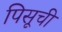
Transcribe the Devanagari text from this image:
पिसूची